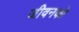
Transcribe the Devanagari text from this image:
जीवनको